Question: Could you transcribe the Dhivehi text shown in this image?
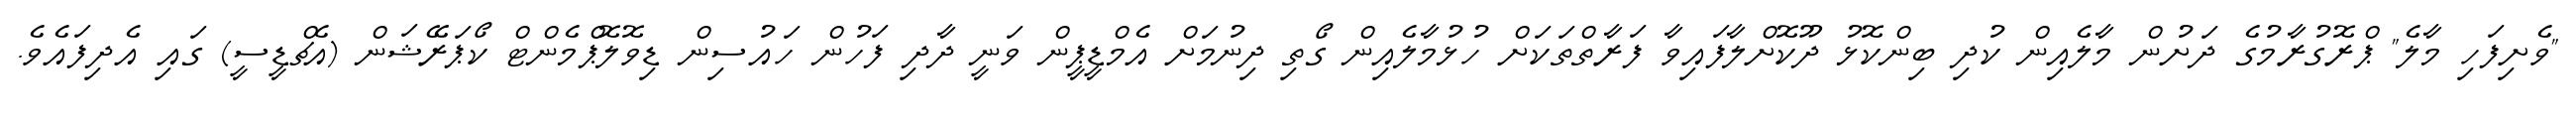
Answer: "ވެށިފަހި މާލެ" ޕްރޮގުރާމުގެ ދަށުން މާލެއިން ކުދި ބިންކޮޅު ދޫކޮށްލާފައިވާ ފަރާތްތަކަށް ހުޅުމާލެއިން ގޯތި ދިނުމަށް އެމްޑީޕީން ވަނީ ދާދި ފަހުން ހައުސިން ޑިވޮލޮޕްމެންޓް ކޯޕަރޭޝަން (އެޗްޑީސީ) ގައި އެދިފައެވެ.